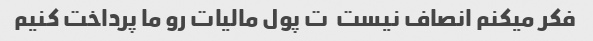
فکر میکنم انصاف نیست  ت پول مالیات رو ما پرداخت کنیم